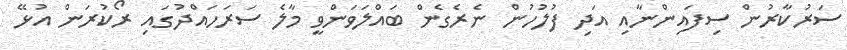
ސަރުކާރުން ސިފައިންނާއި އަދި ފުލުހުން ނެރެގެން ބައްލަވަންވީ މާލެ ސަރަހައްދުގައި ރޯކުރަން އުޅޭ